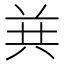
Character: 𱏴